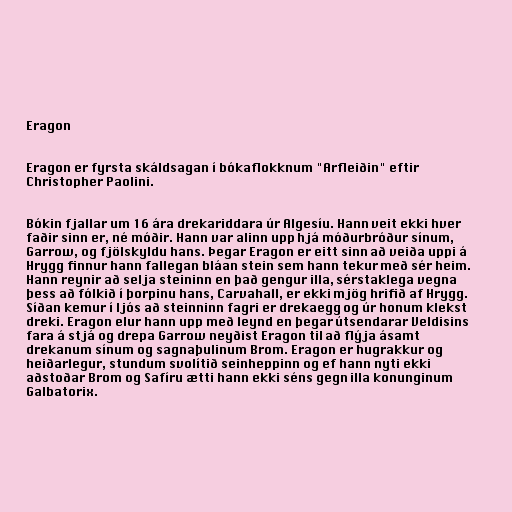
Eragon

Eragon er fyrsta skáldsagan í bókaflokknum "Arfleiðin" eftir
Christopher Paolini.

Bókin fjallar um 16 ára drekariddara úr Algesíu. Hann veit ekki hver
faðir sinn er, né móðir. Hann var alinn upp hjá móðurbróður sínum,
Garrow, og fjölskyldu hans. Þegar Eragon er eitt sinn að veiða uppi á
Hrygg finnur hann fallegan bláan stein sem hann tekur með sér heim.
Hann reynir að selja steininn en það gengur illa, sérstaklega vegna
þess að fólkið í þorpinu hans, Carvahall, er ekki mjög hrifið af Hrygg.
Síðan kemur í ljós að steinninn fagri er drekaegg og úr honum klekst
dreki. Eragon elur hann upp með leynd en þegar útsendarar Veldisins
fara á stjá og drepa Garrow neyðist Eragon til að flýja ásamt
drekanum sínum og sagnaþulinum Brom. Eragon er hugrakkur og
heiðarlegur, stundum svolítið seinheppinn og ef hann nyti ekki
aðstoðar Brom og Safíru ætti hann ekki séns gegn illa konunginum
Galbatorix.